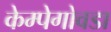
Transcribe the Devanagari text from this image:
केम्पेगोवडा